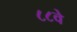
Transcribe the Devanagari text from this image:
८८वे